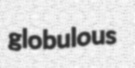
globulous